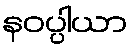
နဝပ္ပါယာ